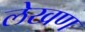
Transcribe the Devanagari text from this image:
लेखण